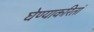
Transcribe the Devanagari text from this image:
घेण्याकरितां